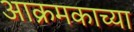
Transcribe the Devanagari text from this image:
आक्रमकाच्या